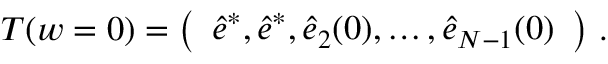
\begin{array} { r } { T ( w = 0 ) = \left( \begin{array} { l } { \hat { e } ^ { * } , \hat { e } ^ { * } , \hat { e } _ { 2 } ( 0 ) , \dots , \hat { e } _ { N - 1 } ( 0 ) } \end{array} \right) \, . } \end{array}